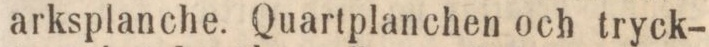
arksplanche. Quartplanchen och tryck-